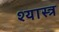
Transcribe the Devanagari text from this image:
श्यास्त्र